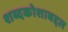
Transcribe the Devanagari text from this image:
शब्दकोशाबद्दल